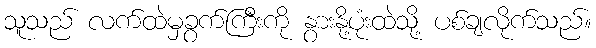
သူသည် လက်ထဲမှခွက်ကြီးကို နွားနို့ပုံးထဲသို့ ပစ်ချလိုက်သည်။